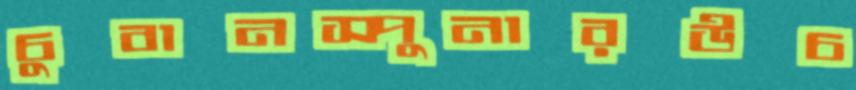
চুবানস্পুনারউচ